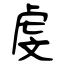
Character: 虔